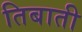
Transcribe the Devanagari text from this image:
तिबाती